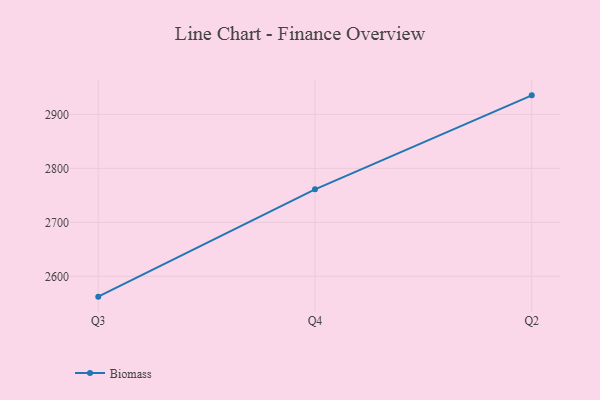
{"axis": {"x": "Quarter", "y": "Humidity (%)"}, "legend": ["Biomass"], "data": [{"x": "Q3", "y": 2562.3, "type": "Biomass"}, {"x": "Q4", "y": 2761.2, "type": "Biomass"}, {"x": "Q2", "y": 2935.3, "type": "Biomass"}]}